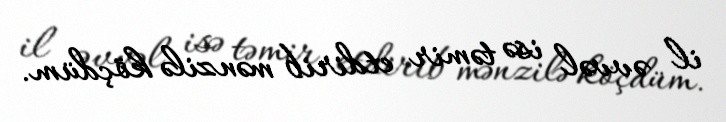
il əvvəl isə təmir etdirib mənzilə köçdüm.